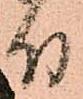
付